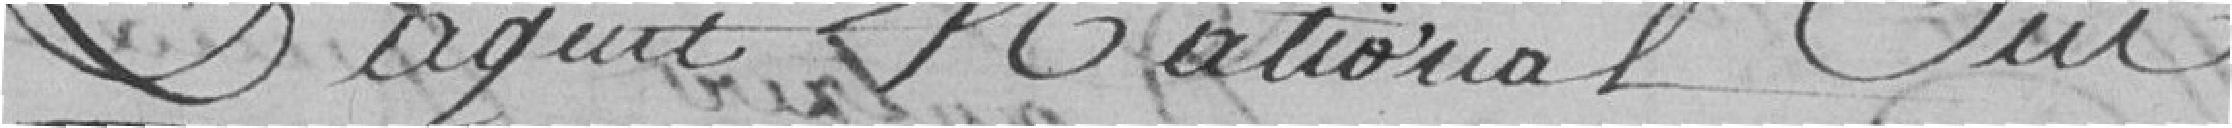
L'agent National Oui